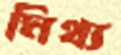
মিথ্য